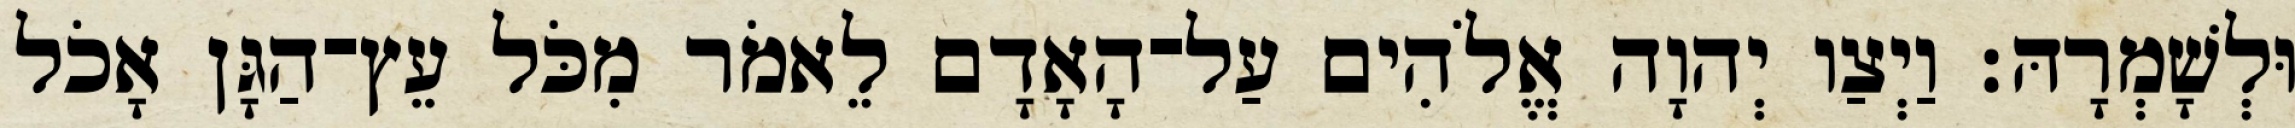
וּלְשָׁמְרָהּ׃ וַיְצַו יְהוָה אֱלֹהִים עַל־הָאָדָם לֵאמֹר מִכֹּל עֵץ־הַגָּן אָכֹל